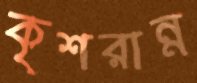
কৃশরান্ন